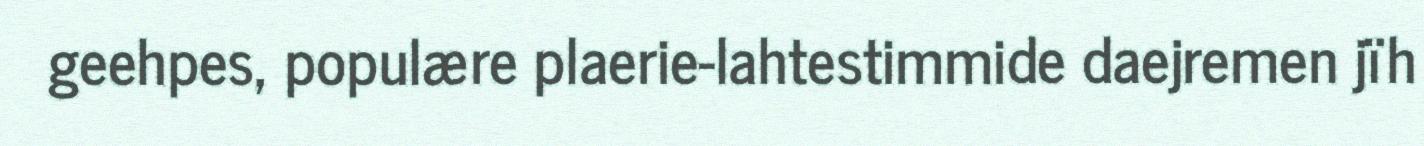
geehpes, populære plaerie-lahtestimmide daejremen jïh